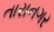
તારાનગર